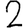
Digit: 2